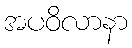
အပဝိလာနာ